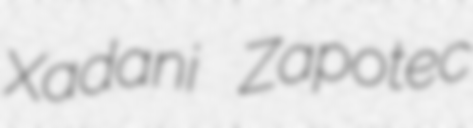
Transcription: Xadani Zapotec